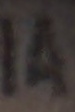
14